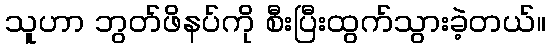
သူဟာ ဘွတ်ဖိနပ်ကို စီးပြီးထွက်သွားခဲ့တယ်။